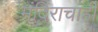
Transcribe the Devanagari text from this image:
मंदिराचाही